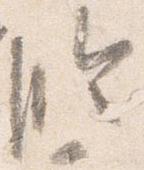
臨